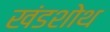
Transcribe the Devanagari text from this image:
खंडशोथ